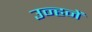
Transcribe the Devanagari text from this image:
उन्हनें